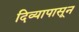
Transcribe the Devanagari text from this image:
दिव्यापासून